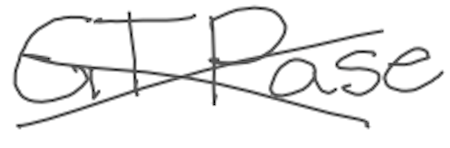
Text: GTPase
Cross-out: cross
Writing tool: digital_gray